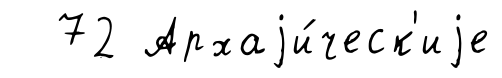
72 Архаjи́ческ'иjе